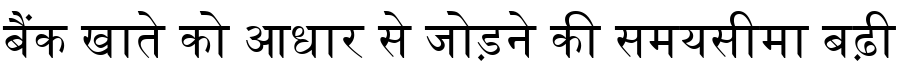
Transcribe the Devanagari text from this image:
बैंक खाते को आधार से जोड़ने की समयसीमा बढ़ी